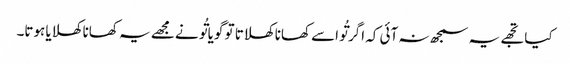
کیا تجھے یہ سمجھ نہ آئی کہ اگر تُو اسے کھانا کھلاتا تو گویا تُو نے مجھے یہ کھانا کھلایا ہوتا۔